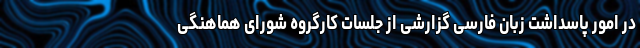
در امور پاسداشت زبان فارسی گزارشی از جلسات کارگروه شورای هماهنگی